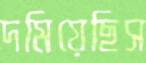
দমিয়েছিস